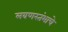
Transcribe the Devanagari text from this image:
लवणस्तंभाचे